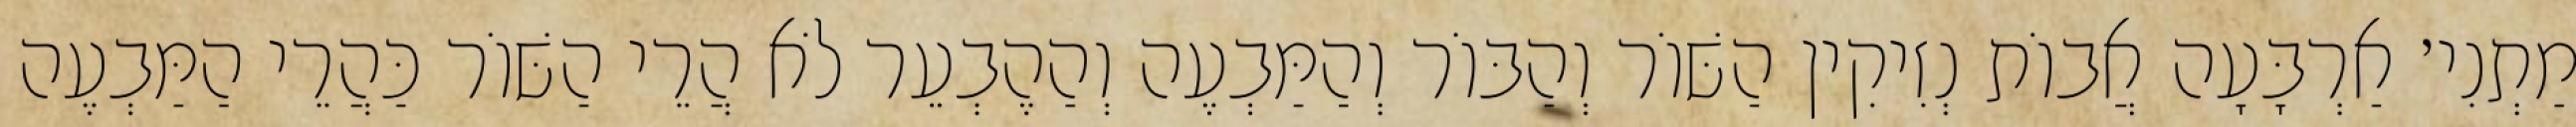
מַתְנִי׳ אַרְבָּעָה אֲבוֹת נְזִיקִין הַשּׁוֹר וְהַבּוֹר וְהַמַּבְעֶה וְהַהֶבְעֵר לֹא הֲרֵי הַשּׁוֹר כַּהֲרֵי הַמַּבְעֶה